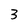
Character: B